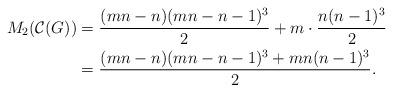
LaTeX: \begin{align*}M_{2}(\mathcal{C}(G))&= \dfrac{(mn-n)(mn-n-1)^{3}}{2} + m \cdot \dfrac{n(n-1)^{3}}{2} \\&= \dfrac{(mn-n)(mn-n-1)^{3}+mn(n-1)^{3}}{2}.\end{align*}